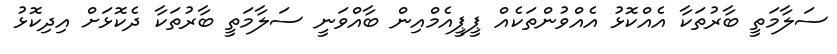
ސަލާމަތީ ބާރުތަކާ އެއްކޮޅު އެއްވުންތަކެއް ޕީޕީއެމްއިން ބާއްވަނީ ސަލާމަތީ ބާރުތަކާ ދެކޮޅަށް އިދިކޮޅު